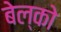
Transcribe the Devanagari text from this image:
बेल्को